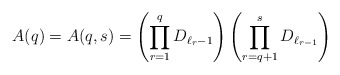
\begin{align*} A(q)=A(q,s)=\left(\prod_{r=1}^{q}D_{\ell_{r}-1}\right)\left( \prod_{r=q+1}^{s}D_{\ell_{r-1}}\right)\end{align*}